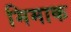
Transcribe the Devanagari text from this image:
मिमाक